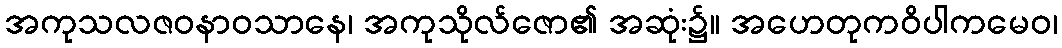
အကုသလဇဝနာဝသာနေ၊ အကုသိုလ်ဇော၏ အဆုံး၌။ အဟေတုကဝိပါကမေဝ၊